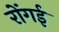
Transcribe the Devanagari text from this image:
रोंगई